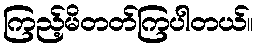
ကြည့်မိတတ်ကြပါတယ်။